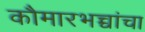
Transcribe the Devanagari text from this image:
कौमारभच्चांचा